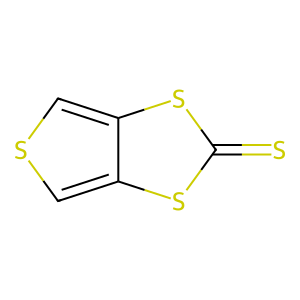
SMILES: S=c1sc2cscc2s1
Inhibits HIV replication: No